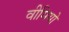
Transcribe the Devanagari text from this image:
वीमियो